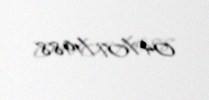
04/07/1988